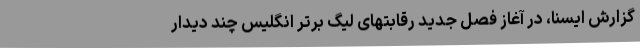
گزارش ایسنا، در آغاز فصل جدید رقابتهای لیگ برتر انگلیس چند دیدار